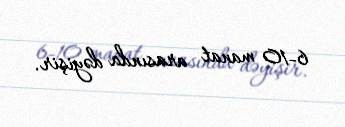
6-10 manat arasında dəyişir.